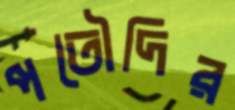
পতৌদির